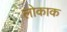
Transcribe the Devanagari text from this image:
लोकाक